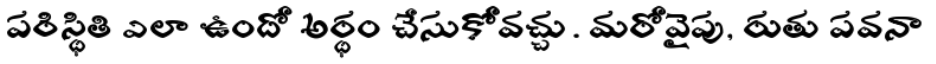
పరిస్థితి ఎలా ఉందో అర్థం చేసుకోవచ్చు. మరోవైపు, రుతు పవనా